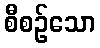
စီစဉ်သော